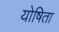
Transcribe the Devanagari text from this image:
योषिता